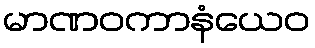
မာဏဝကာနံယေဝ